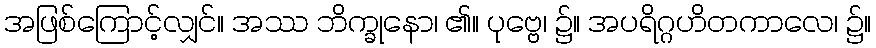
အဖြစ်ကြောင့်လျှင်။ အဿ ဘိက္ခုနော၊ ၏။ ပုဗ္ဗေ၊ ၌။ အပရိဂ္ဂဟိတကာလေ၊ ၌။